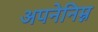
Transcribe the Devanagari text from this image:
अपनेनिम्न